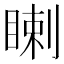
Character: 𥈙